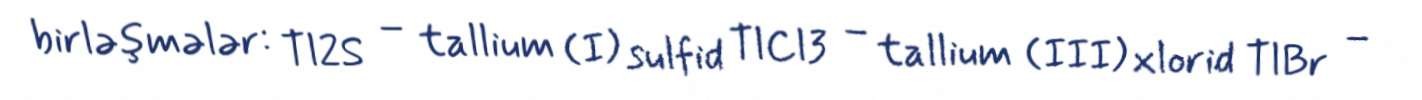
birləşmələr: Tl2S – tallium (I) sulfid TlCl3 – tallium (III) xlorid TlBr –